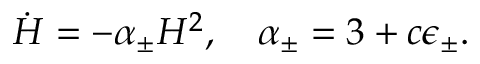
\dot { H } = - \alpha _ { \pm } H ^ { 2 } , ~ ~ ~ \alpha _ { \pm } = 3 + c \epsilon _ { \pm } .